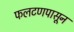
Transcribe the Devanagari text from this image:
फलटणपासून